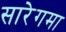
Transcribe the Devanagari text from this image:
सारेगमा